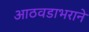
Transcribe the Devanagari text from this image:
आठवडाभराने